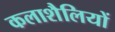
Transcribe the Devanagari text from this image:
कलाशैलियों